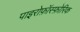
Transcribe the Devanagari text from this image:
पाइरोफ़ॉस्फ़ोरिक